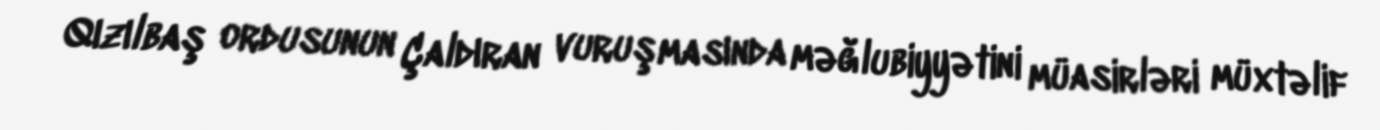
Qızılbaş ordusunun Çaldıran vuruşmasında məğlubiyyətini müasirləri müxtəlif